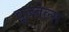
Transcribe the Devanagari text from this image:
वूज्ज़ेल्स